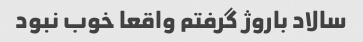
سالاد باروژ گرفتم واقعا خوب نبود